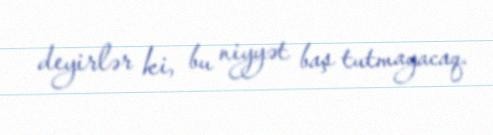
deyirlər ki, bu niyyət baş tutmayacaq.